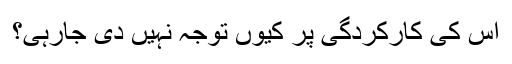
اس کی کارکردگی پر کیوں توجہ نہیں دی جارہی؟